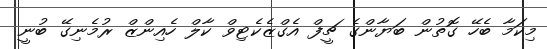
މިކަމާ ބެހޭ ގޮތުން ބަޔާންގެ ޗީފް އެގްޒެކެޓިވް ކާލް ހެއިންޒް ރުމެނިގޭ ބުނީ